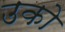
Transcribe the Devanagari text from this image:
उको